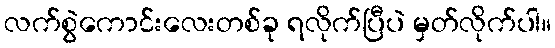
လက်စွဲကောင်းလေးတစ်ခု ရလိုက်ပြီပဲ မှတ်လိုက်ပါ။